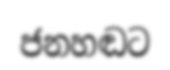
ජනහඬට